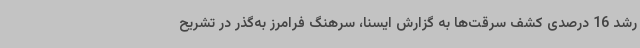
رشد 16 درصدی کشف سرقت‌ها به گزارش ایسنا، سرهنگ فرامرز به‌گذر در تشریح